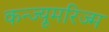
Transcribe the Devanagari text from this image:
कन्ज्यूमरिज्म